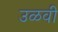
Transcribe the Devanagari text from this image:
उळवी